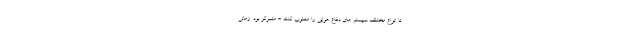
تا انواع مختلف سیستم های دفاع هوایی را مغلوب کنند - متمرکز بود. زمانی